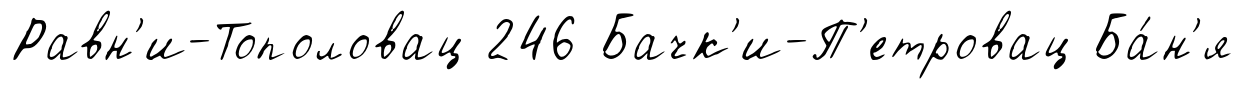
Равн'и-Тополовац 246 Бачк'и-П'етровац Ба́н'я